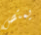
يمتص